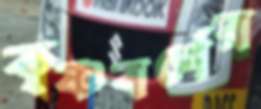
কৃষ্ণবর্ণের